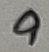
Text: 9